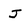
Character: J